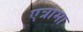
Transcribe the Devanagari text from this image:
एत्रामा